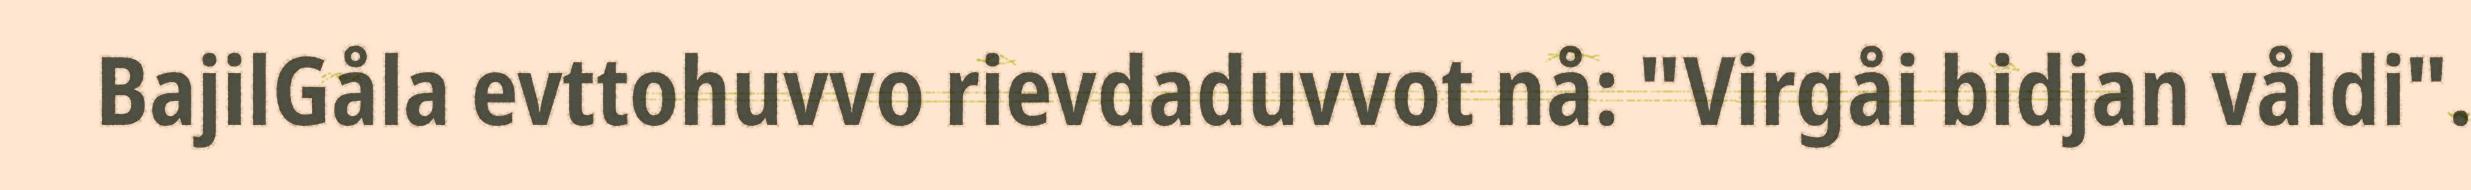
BajilGåla evttohuvvo rievdaduvvot nå: "Virgåi bidjan våldi".